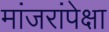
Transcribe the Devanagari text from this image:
मांजरांपेक्षा